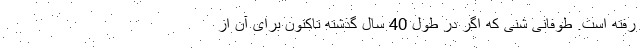
رفته است. طوفانی شنی که اگر در طول 40 سال گذشته تاکنون برای آن از